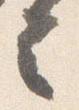
言